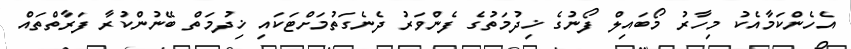
އެހެންކަމާއެކު މިހާރު މޯބައިލް ފޯނުގެ ޚިދުމަތުގެ ފެންވަރު ދެނެގަތުމަށްޓަކައި ޚިދުމަތް ބޭނުންކުރާ ފަރާތްތައް